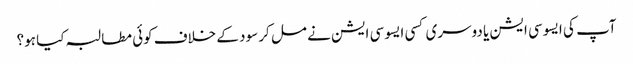
آپ کی ایسوسی ایشن یا دوسری کسی ایسوسی ایشن نے مل کر سود کے خلاف کوئی مطالبہ کیا ہو؟